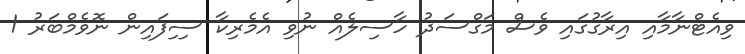
ވިއެޓްނާމާއި އިރާގުގައި ވެސް މަގްސަދު ހާސިލެއް ނުވި އެމެރިކާ ސިިފައިން ނޮވެމްބަރު 1